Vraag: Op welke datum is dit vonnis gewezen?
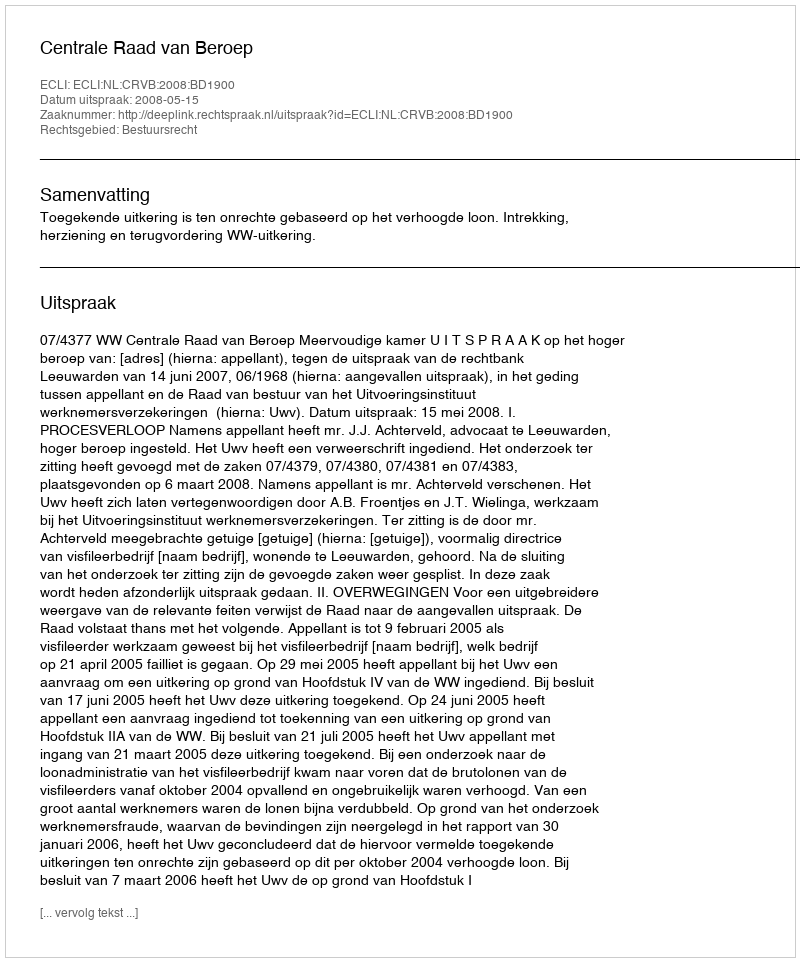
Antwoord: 2008-05-15